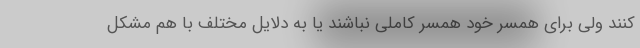
کنند ولی برای همسر خود همسر کاملی نباشند یا به دلایل مختلف با هم مشکل